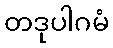
တဒုပါဂမံ